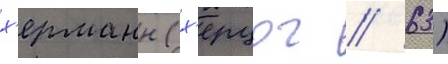
х'ерманн (х'ерцог / 63)